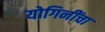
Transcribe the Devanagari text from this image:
योगिनींचा